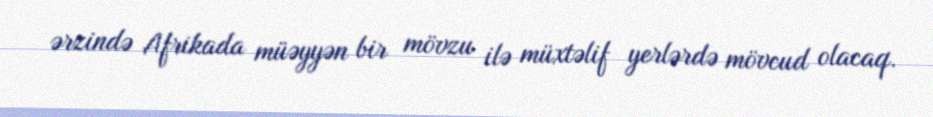
ərzində Afrikada müəyyən bir mövzu ilə müxtəlif yerlərdə mövcud olacaq.